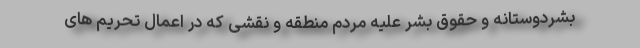
بشردوستانه و حقوق بشر علیه مردم منطقه و نقشی که در اعمال تحریم های